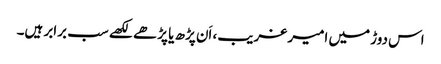
اس دوڑ میں امیر غریب، اَن پڑھ یا پڑھے لکھے سب برابر ہیں۔